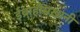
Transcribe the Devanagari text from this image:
ईब्राहीमखानी